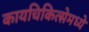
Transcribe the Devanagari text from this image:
कायचिकित्सेमध्ये